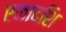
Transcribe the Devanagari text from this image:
एकादशि